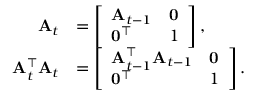
\begin{array} { r l } { \mathbf { A } _ { t } } & { = \left[ \begin{array} { l l } { \mathbf { A } _ { t - 1 } } & { \mathbf { 0 } } \\ { \mathbf { 0 } ^ { \top } } & { 1 } \end{array} \right] , } \\ { \mathbf { A } _ { t } ^ { \top } \mathbf { A } _ { t } } & { = \left[ \begin{array} { l l } { \mathbf { A } _ { t - 1 } ^ { \top } \mathbf { A } _ { t - 1 } } & { \mathbf { 0 } } \\ { \mathbf { 0 } ^ { \top } } & { 1 } \end{array} \right] . } \end{array}